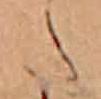
た